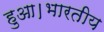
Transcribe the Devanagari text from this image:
हुआ।भारतीय